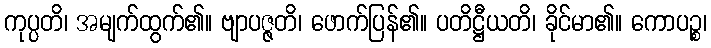
ကုပ္ပတိ၊ အမျက်ထွက်၏။ ဗျာပဇ္ဇတိ၊ ဖောက်ပြန်၏။ ပတိဋ္ဌီယတိ၊ ခိုင်မာ၏။ ကောပဉ္စ၊